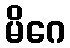
မိဂေ